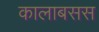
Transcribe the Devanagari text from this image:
कालाबसस